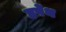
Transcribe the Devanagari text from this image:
हर्पेथ